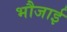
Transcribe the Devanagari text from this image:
भौजाई